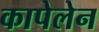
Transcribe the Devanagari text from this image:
कापेलेन